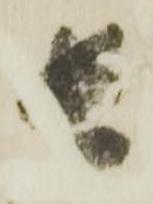
長